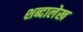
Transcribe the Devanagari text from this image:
शब्दालेख